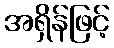
အရှိန်ဖြင့်